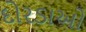
દોરડાઓ